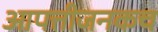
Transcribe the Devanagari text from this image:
आपत्तीजनकच